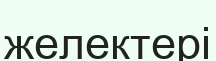
желектері